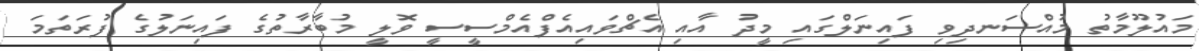
މައުލޫމާތު މުއްސަނދިވި ފައިނަލްގައި މީދު އާއި އެޗްވައިއެފްއެމްސީސީ ވޮލީ މުބާރާތުގެ ފައިނަލުގެ ފުރަތަމަ